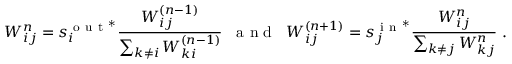
W _ { i j } ^ { n } = s _ { i } ^ { \mathrm { ~ o ~ u ~ t ~ } ^ { * } } \frac { W _ { i j } ^ { ( n - 1 ) } } { \sum _ { k \neq i } W _ { k i } ^ { ( n - 1 ) } } \; \; \mathrm { ~ a ~ n ~ d ~ } \; \; W _ { i j } ^ { ( n + 1 ) } = s _ { j } ^ { \mathrm { ~ i ~ n ~ } ^ { * } } \frac { W _ { i j } ^ { n } } { \sum _ { k \neq j } W _ { k j } ^ { n } } \; .